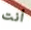
أنت